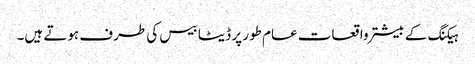
ہیکنگ کے بیشتر واقعات عام طور پر ڈیٹا بیس کی طرف ہوتے ہیں۔